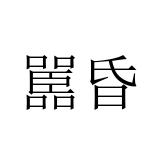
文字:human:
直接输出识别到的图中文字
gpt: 嚚昏